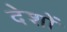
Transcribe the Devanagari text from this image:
देशों